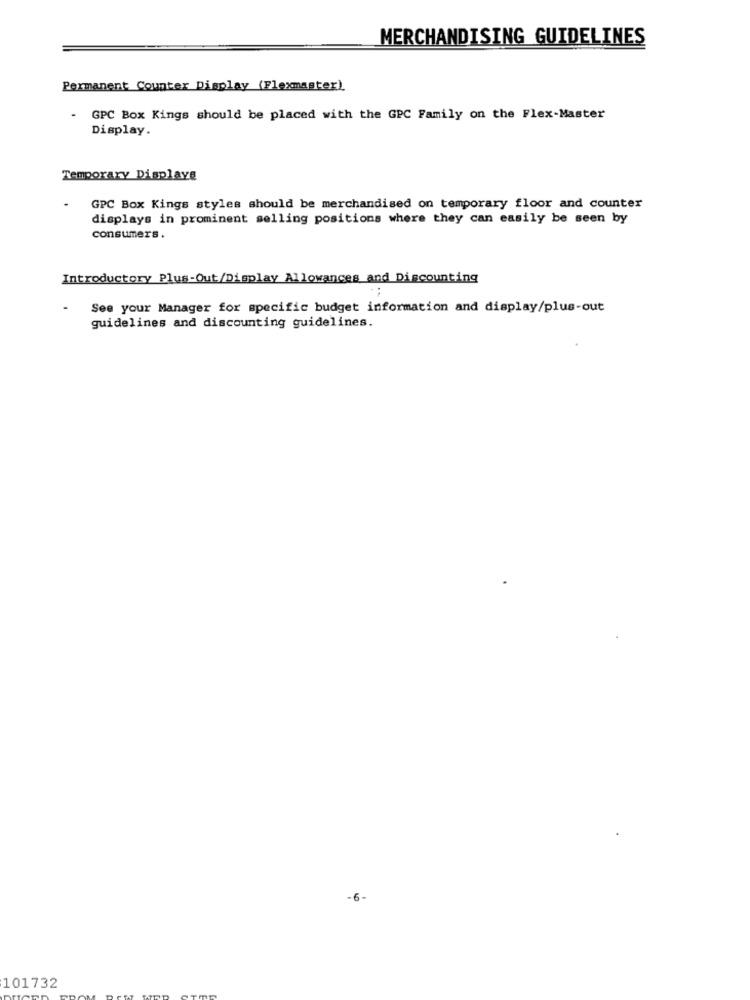
MERCHANDISING GUIDELINES
Permanent Counter Display (Flexmaster)
- GPC Box Kings should be placed with the GPC Family on the Flex-Master
Display.
Temporary Displaye
GPC Box Kings styles should be merchandised on temporary floor and counter
displays in prominent selling positions where they can easily be seen by
consumers.
Introductory Plus-Out/Display Allowances and Discounting
See your Manager for specific budget information and display/plus-out
guidelines and discounting guidelines.
-6-
101732